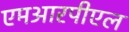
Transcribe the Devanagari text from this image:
एमआरपीएल